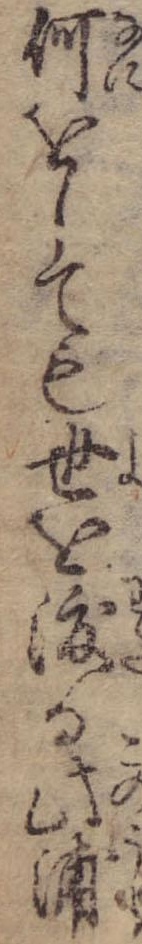
何をしても世を渡る此浦